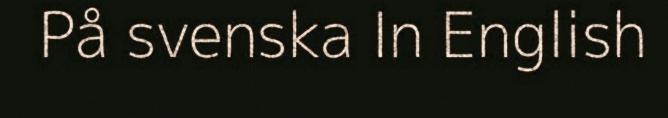
På svenska In English